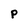
Character: P